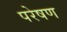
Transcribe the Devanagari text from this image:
परेषण